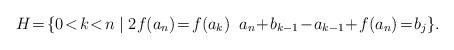
LaTeX: \begin{align*}H \!=\! \{ 0\!<\! k \!<\! n \;|\; 2f(a_n)\!=\!f(a_k) \;\;a_n \!+\! b_{k-1}\!-\!a_{k-1}\!+\!f(a_n)\!=\!b_j\}.\end{align*}